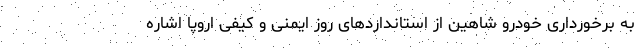
به برخورداری خودرو شاهین از استانداردهای روز ایمنی و کیفی اروپا اشاره